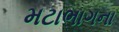
મટાભાગના